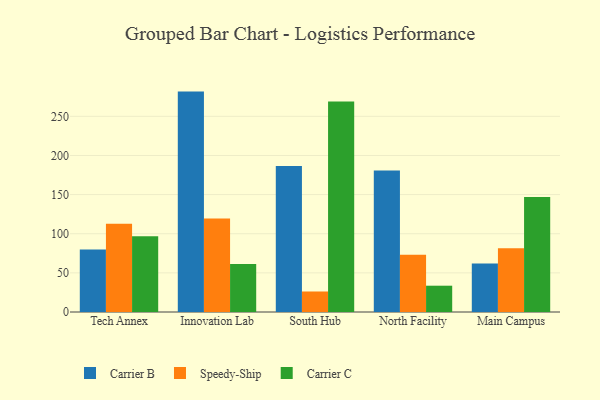
{"axis": {"x": "Campus", "y": "Demand Index"}, "legend": ["Carrier B", "Carrier C", "Speedy-Ship"], "data": [{"x": "Tech Annex", "y": 79.9, "type": "Carrier B"}, {"x": "Tech Annex", "y": 112.9, "type": "Speedy-Ship"}, {"x": "Tech Annex", "y": 96.8, "type": "Carrier C"}, {"x": "Innovation Lab", "y": 281.6, "type": "Carrier B"}, {"x": "Innovation Lab", "y": 119.6, "type": "Speedy-Ship"}, {"x": "Innovation Lab", "y": 61.4, "type": "Carrier C"}, {"x": "South Hub", "y": 186.7, "type": "Carrier B"}, {"x": "South Hub", "y": 26.2, "type": "Speedy-Ship"}, {"x": "South Hub", "y": 268.9, "type": "Carrier C"}, {"x": "North Facility", "y": 180.8, "type": "Carrier B"}, {"x": "North Facility", "y": 73.0, "type": "Speedy-Ship"}, {"x": "North Facility", "y": 33.6, "type": "Carrier C"}, {"x": "Main Campus", "y": 61.9, "type": "Carrier B"}, {"x": "Main Campus", "y": 81.3, "type": "Speedy-Ship"}, {"x": "Main Campus", "y": 146.8, "type": "Carrier C"}]}